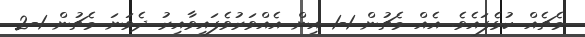
މެޗެއް ކުޅެފައެވެ. އެއް މެޗުން 1-1 އިން އެއްވަރުވެފައިވާއިރު ދެވަނަ މެޗުން 1-2